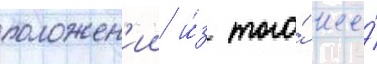
положен'ии и́з того́ же́